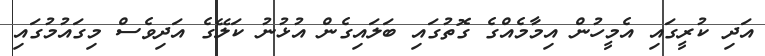
އަދި ކުރީގައި އެމީހުން އިމާމެއްގެ ގޮތުގައި ބަލައިގެން އުޅުނު ކަލޭގެ އަދިވެސް މިގައުމުގައި